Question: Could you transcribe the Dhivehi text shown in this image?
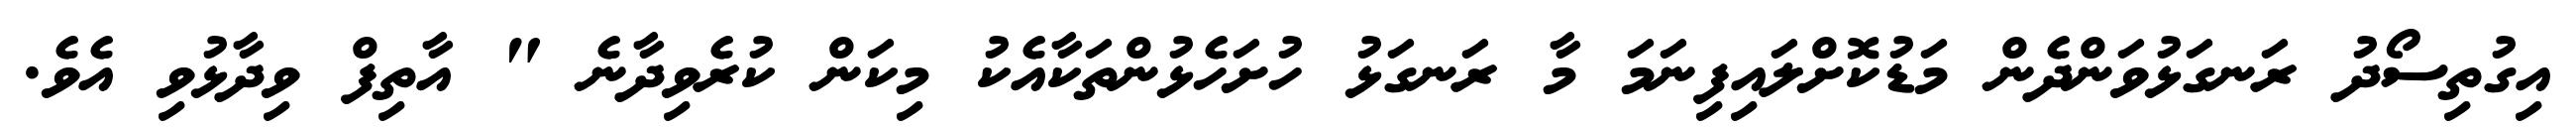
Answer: އިގުތިސޯދު ރަނގަޅުވަންދެން މަޑުކޮށްލައިފިނަމަ މާ ރަނގަޅު ހުށަހެޅުންތަކާއެކު މިކަން ކުރެވިދާނެ " އާތިފް ވިދާޅުވި އެވެ.